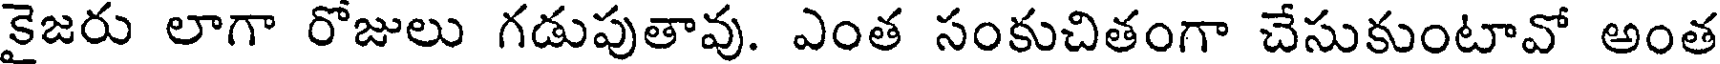
కైజరు లాగా రోజులు గడుపుతావు. ఎంత సంకుచితంగా చేసుకుంటావో అంత